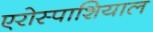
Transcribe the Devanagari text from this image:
एरोस्पाशियाल